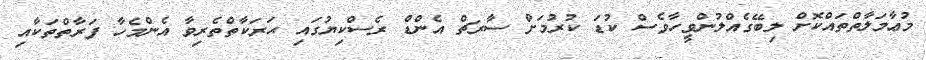
މުޢާމަލާތްތައްކޮށް ލިބޭގެއްލުންވީހާވެސް ކުޑަ ކުރުމަށް ސާރޗް އެންޑް ރެސްކިޔުގައި ޙަރަކާތްތެރިވާ އެންމެހާ ފަރާތްތަކާއި